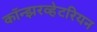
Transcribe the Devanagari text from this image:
कॉन्झरव्हेटरियन